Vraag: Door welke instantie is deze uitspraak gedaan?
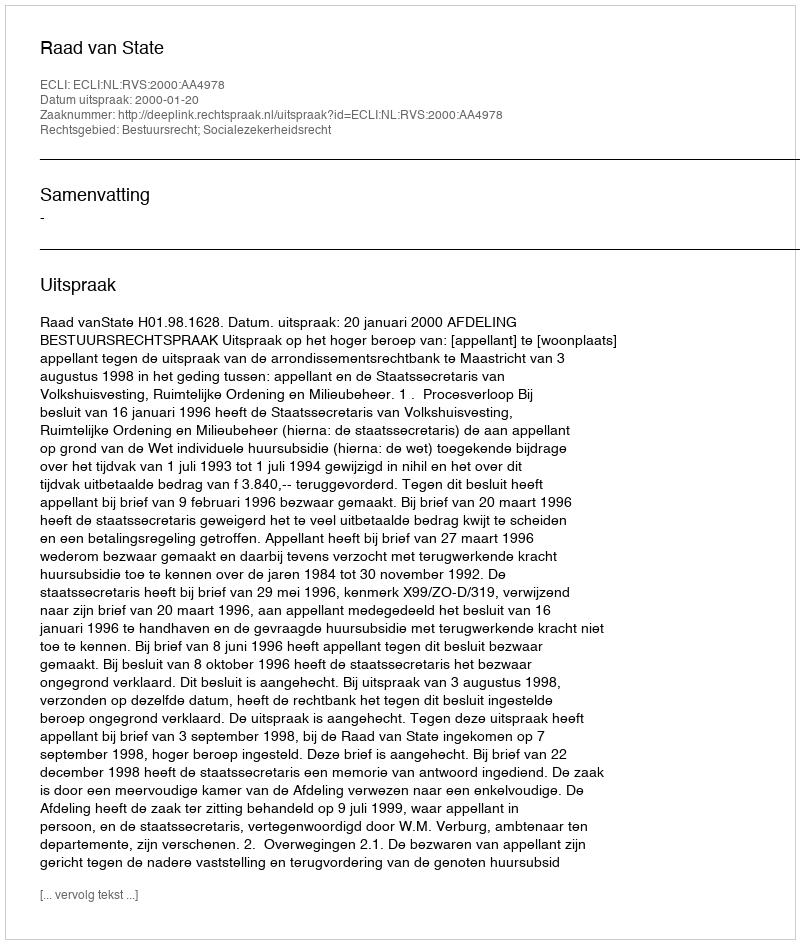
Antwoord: Raad van State